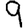
Digit: 9